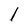
Character: l